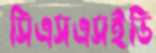
সিএসএসইডি